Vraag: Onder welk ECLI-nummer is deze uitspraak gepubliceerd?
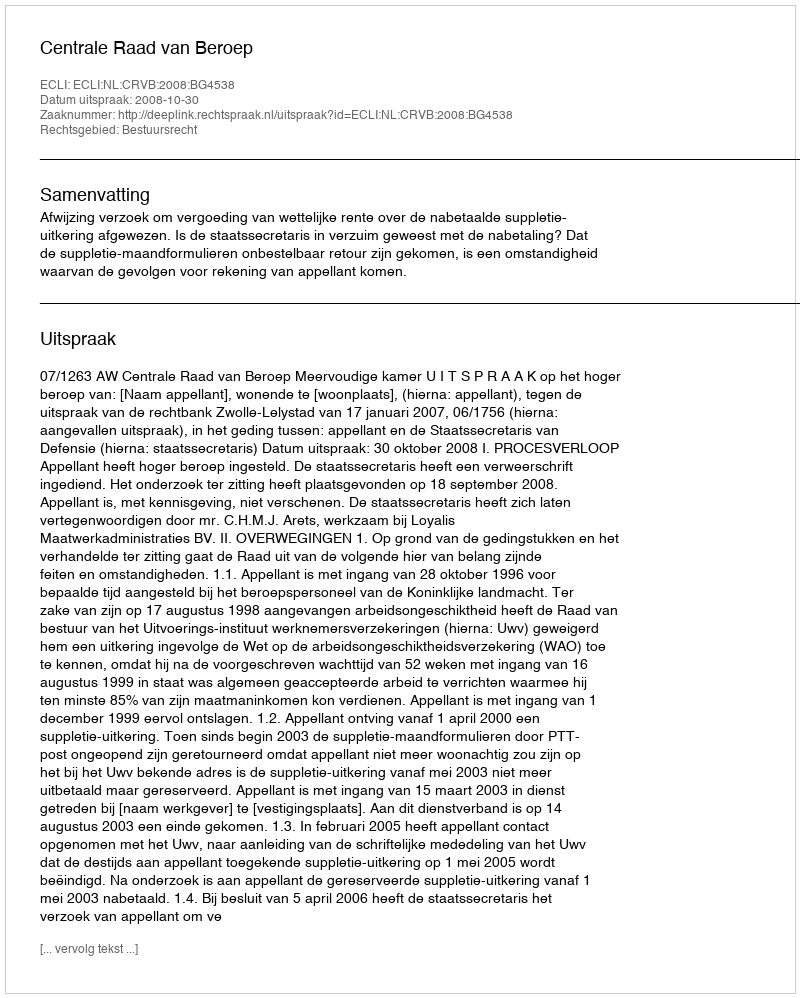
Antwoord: ECLI:NL:CRVB:2008:BG4538